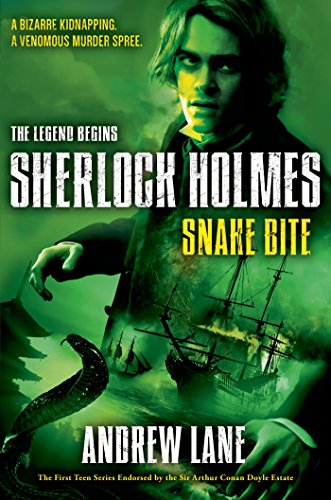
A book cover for Snake Bite (Sherlock Holmes: The Legend Begins); Andrew Lane; Teen & Young Adult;